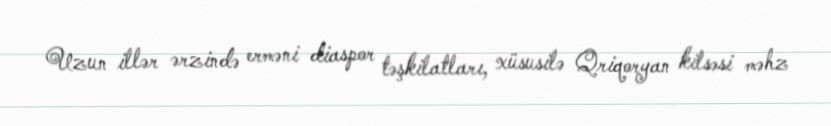
Uzun illər ərzində erməni diaspor təşkilatları, xüsusilə Qriqoryan kilsəsi məhz